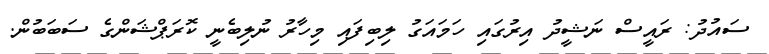
ސައުދު: ރައީސް ނަޝީދު އިރުގައި ހަމައަގު ލިބިފައި މިހާރު ނުލިބެނީ ކޮރަޕްޝަންގެ ސަބަބުން.